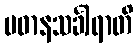
ပဓာနသင်္ခါရာတိ